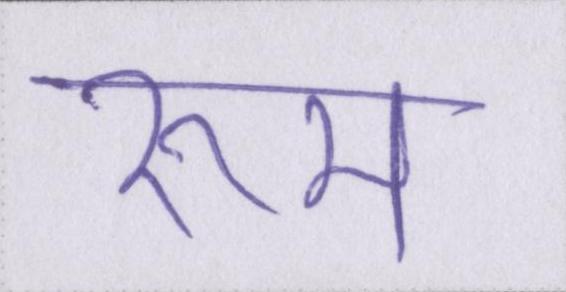
रूम